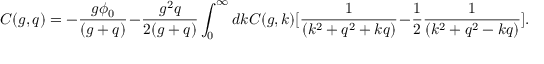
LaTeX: C ( g , q ) = - { \frac { g \phi _ { 0 } } { ( g + q ) } } - { \frac { g ^ { 2 } q } { 2 ( g + q ) } } \int _ { 0 } ^ { \infty } d k C ( g , k ) [ { \frac { 1 } { ( k ^ { 2 } + q ^ { 2 } + k q ) } } - { \frac { 1 } { 2 } } { \frac { 1 } { ( k ^ { 2 } + q ^ { 2 } - k q ) } } ] .